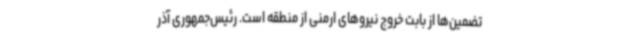
تضمین‌ها از بابت خروج نیروهای ارمنی از منطقه است. رئیس‌جمهوری آذر